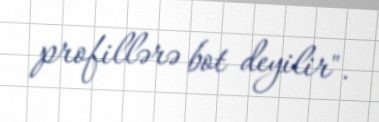
profillərə bot deyilir".